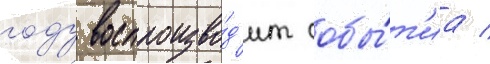
году воспроизво́д'ит собы́т'иа /